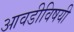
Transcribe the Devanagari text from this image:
आवडीविषयी